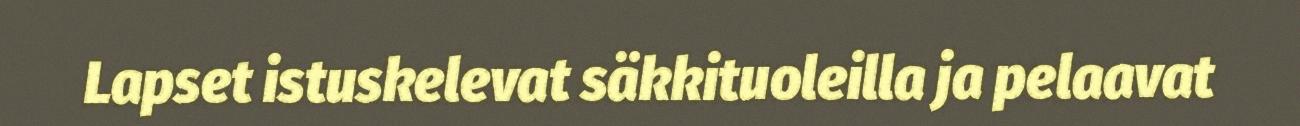
Lapset istuskelevat säkkituoleilla ja pelaavat